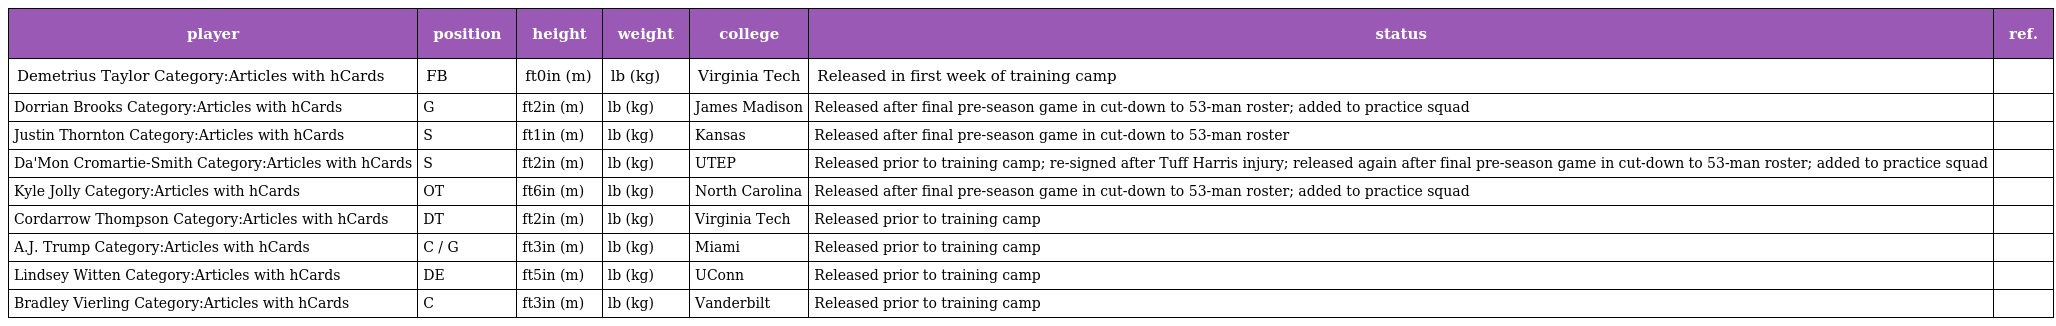
| player | position | height | weight | college | status | ref. |
 | --- | --- | --- | --- | --- | --- | --- |
 | Demetrius Taylor Category:Articles with hCards | FB | ft0in (m) | lb (kg) | Virginia Tech | Released in first week of training camp |  |
 | Dorrian Brooks Category:Articles with hCards | G | ft2in (m) | lb (kg) | James Madison | Released after final pre-season game in cut-down to 53-man roster; added to practice squad |  |
 | Justin Thornton Category:Articles with hCards | S | ft1in (m) | lb (kg) | Kansas | Released after final pre-season game in cut-down to 53-man roster |  |
 | Da'Mon Cromartie-Smith Category:Articles with hCards | S | ft2in (m) | lb (kg) | UTEP | Released prior to training camp; re-signed after Tuff Harris injury; released again after final pre-season game in cut-down to 53-man roster; added to practice squad |  |
 | Kyle Jolly Category:Articles with hCards | OT | ft6in (m) | lb (kg) | North Carolina | Released after final pre-season game in cut-down to 53-man roster; added to practice squad |  |
 | Cordarrow Thompson Category:Articles with hCards | DT | ft2in (m) | lb (kg) | Virginia Tech | Released prior to training camp |  |
 | A.J. Trump Category:Articles with hCards | C / G | ft3in (m) | lb (kg) | Miami | Released prior to training camp |  |
 | Lindsey Witten Category:Articles with hCards | DE | ft5in (m) | lb (kg) | UConn | Released prior to training camp |  |
 | Bradley Vierling Category:Articles with hCards | C | ft3in (m) | lb (kg) | Vanderbilt | Released prior to training camp |  |